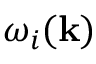
\omega _ { i } ( { \bf k } )